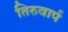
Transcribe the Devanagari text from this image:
तिरुवार्प